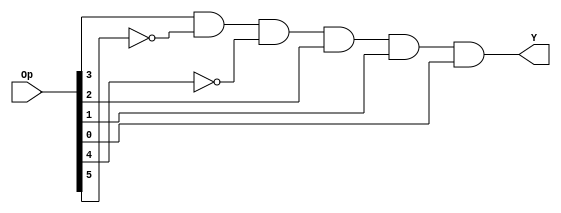
// Copyright (C) 2020  Intel Corporation. All rights reserved.
// Your use of Intel Corporation's design tools, logic functions 
// and other software and tools, and any partner logic 
// functions, and any output files from any of the foregoing 
// (including device programming or simulation files), and any 
// associated documentation or information are expressly subject 
// to the terms and conditions of the Intel Program License 
// Subscription Agreement, the Intel Quartus Prime License Agreement,
// the Intel FPGA IP License Agreement, or other applicable license
// agreement, including, without limitation, that your use is for
// the sole purpose of programming logic devices manufactured by
// Intel and sold by Intel or its authorized distributors.  Please
// refer to the applicable agreement for further details, at
// https://fpgasoftware.intel.com/eula.

// PROGRAM		"Quartus Prime"
// VERSION		"Version 20.1.1 Build 720 11/11/2020 SJ Lite Edition"
// CREATED		"Thu Jan 04 08:49:51 2024"

module LUI(
	Op,
	Y
);


input wire	[31:26] Op;
output wire	Y;

wire	SYNTHESIZED_WIRE_0;
wire	SYNTHESIZED_WIRE_1;




assign	Y = Op[29] & SYNTHESIZED_WIRE_0 & SYNTHESIZED_WIRE_1 & Op[28] & Op[27] & Op[26];

assign	SYNTHESIZED_WIRE_1 =  ~Op[30];

assign	SYNTHESIZED_WIRE_0 =  ~Op[31];


endmodule